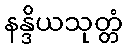
နန္ဒိယသုတ္တံ